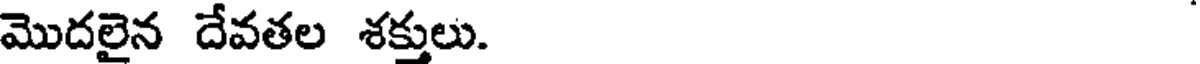
మొదలైన దేవతల శక్తులు.